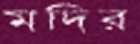
মদির